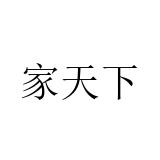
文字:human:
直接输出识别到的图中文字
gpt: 家天下